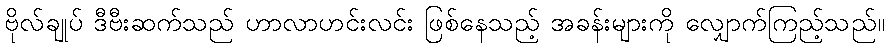
ဗိုလ်ချုပ် ဒီဗီးဆက်သည် ဟာလာဟင်းလင်း ဖြစ်နေသည့် အခန်းများကို လျှောက်ကြည့်သည်။